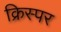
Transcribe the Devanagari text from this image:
क्रिस्पर